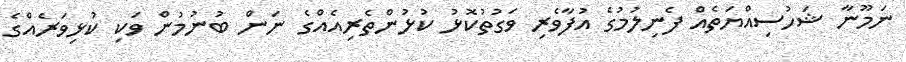
ނަމޫނާ ޝަހުސިއްޔަތެއް ފެނިލުމުގެ އުފާވެރި ވަގުތުކޮޅު ކުޅުންތެރިއެއްގެ ނަން ބުނުމުން ވަކި ކުޅިވަރެއްގެ